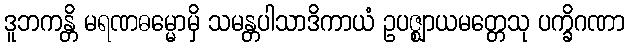
ဒူဘကန္တိ မရဏဓမ္မောမှိ သမန္တပါသာဒိကာယံ ဥပဇ္ဈာယမတ္တေသု ပက္ခိဂဏာ